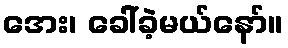
အေး၊ ခေါ်ခဲ့မယ်နော်။